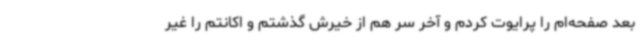
بعد صفحه‌ام را پرایوت کردم و آخر سر هم از خیرش گذشتم و اکانتم را غیر